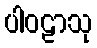
ပါဝဠာသု